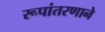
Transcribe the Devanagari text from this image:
रूपांतरणाने